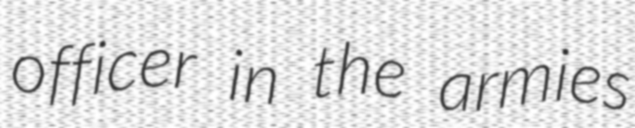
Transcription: officer in the armies